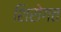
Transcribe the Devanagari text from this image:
शिरोगत